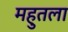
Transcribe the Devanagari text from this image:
महुतला